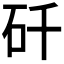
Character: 𬑻